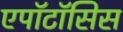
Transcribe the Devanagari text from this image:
एपॉटॉसिस